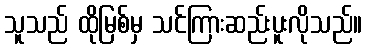
သူသည် ထိုမြစ်မှ သင်ကြားဆည်းပူးလိုသည်။